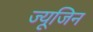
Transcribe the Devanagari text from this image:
ज्यूजिन